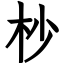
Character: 杪